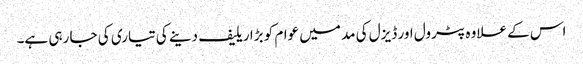
اس کے علاوہ پٹرول اور ڈیزل کی مد میں عوام کو بڑا ریلیف دینے کی تیاری کی جا رہی ہے۔